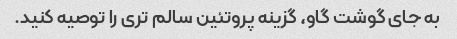
به جای گوشت گاو، گزینه پروتئین سالم تری را توصیه کنید.